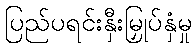
ပြည်ပရင်းနှီးမြှုပ်နှံမှု